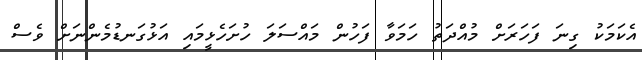
އެކަމަކު ގިނަ ފަހަރަށް މުއްދަތު ހަމަވާ ފަހުން މައްސަލަ ހުށަހެޅީމައި އަޅުގަނޑުމެންނަށް ވެސް